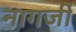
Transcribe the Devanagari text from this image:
नागर्जी